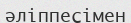
әліппесімен